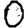
Digit: 0